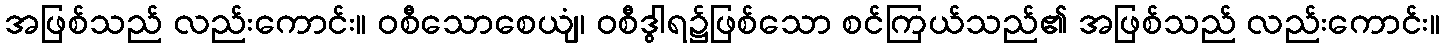
အဖြစ်သည် လည်းကောင်း။ ဝစီသောစေယျံ၊ ဝစီဒွါရ၌ဖြစ်သော စင်ကြယ်သည်၏ အဖြစ်သည် လည်းကောင်း။